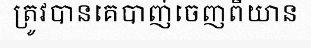
ត្រូវបានគេបាញ់ចេញពីយាន